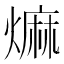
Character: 𤎎